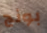
بونج